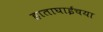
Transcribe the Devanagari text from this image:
हाताघाईचया